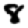
Digit: 8